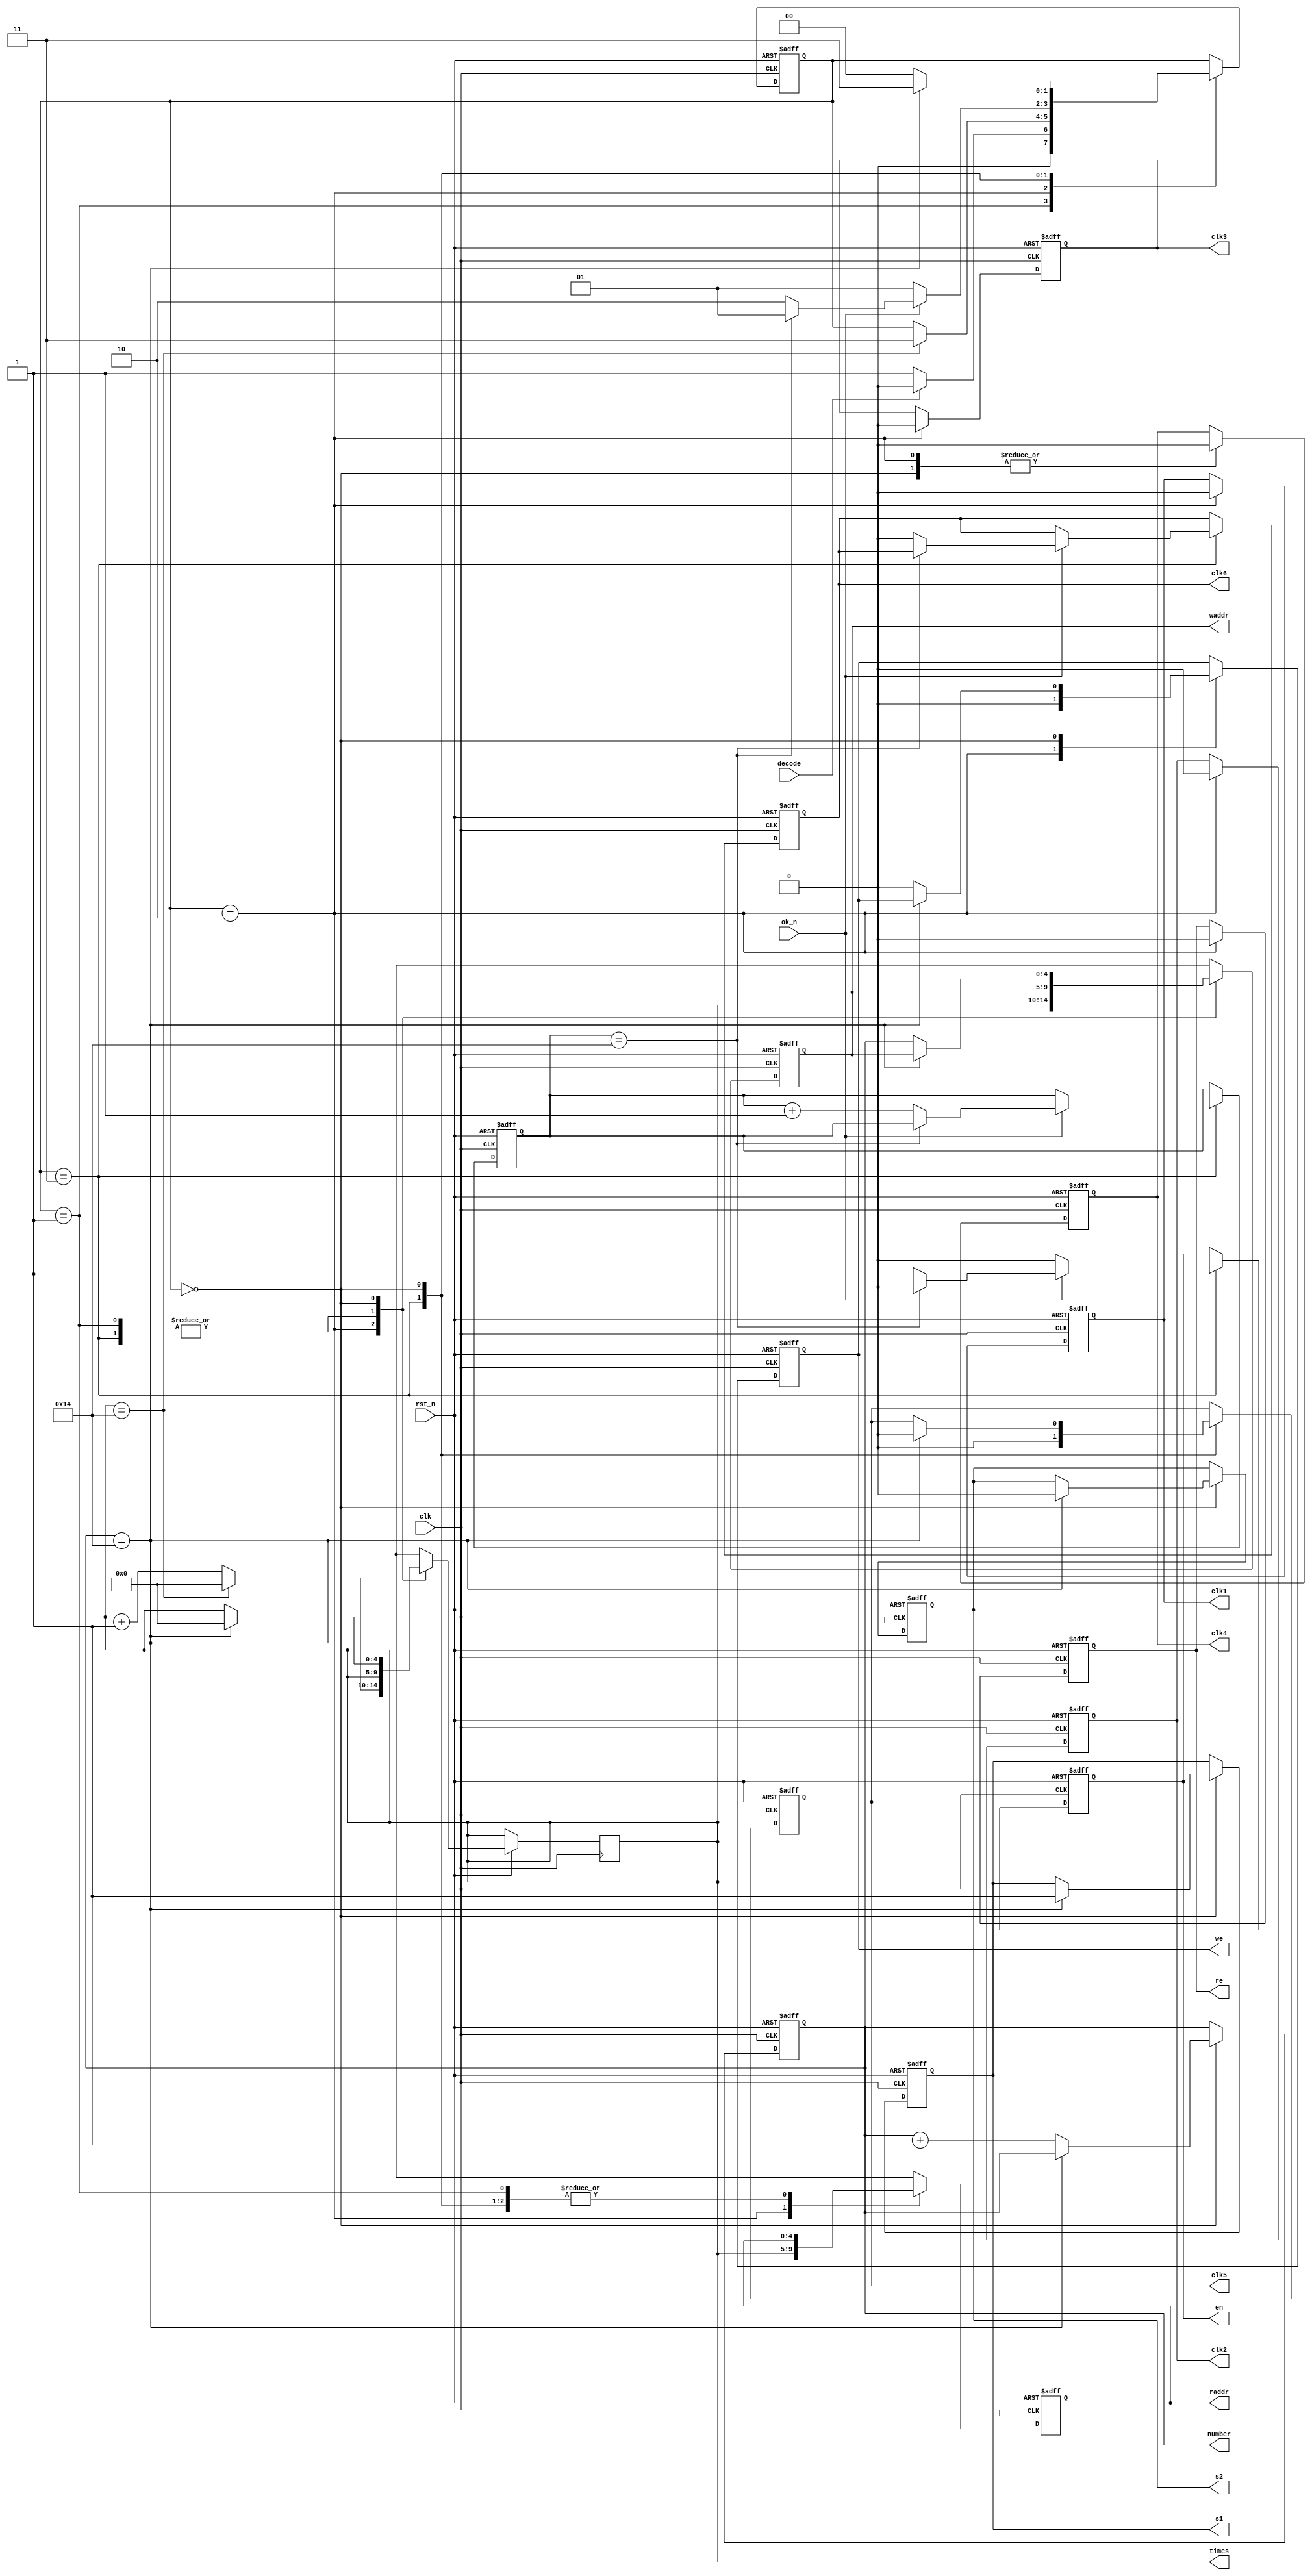
//------------------------
//
//------------------------
module cntrl(
rst_n,
decode,
ok_n,
en,
clk,
clk1,
clk2,
clk3,
clk4,
clk5,
clk6,
s1,
s2,
we,
re,
waddr,
raddr,
number,
times);
//---------------
input rst_n;
input decode;
input ok_n;
input clk;
//--------------
output clk1;
output clk2;
output clk3;
output clk4;
output clk5;
output clk6;
output s1;
output s2;
output we;
output re;
output en;
output[4:0] number;
output[4:0] times;
output[4:0] waddr;
output[4:0] raddr;
//----------------------
reg clk1;
reg clk2;
reg clk3;
reg clk4;
reg clk5;
reg clk6;
reg s1;
reg s2;
reg we;
reg re;
reg en;
reg[4:0] times;
reg[4:0] number;
reg[4:0] waddr;
reg[4:0] raddr;
//----------------------
reg[3:0] sign; 
reg[1:0] state;
reg[4:0] counter;
parameter Wait = 2'b01,Work = 2'b10,Load = 2'b00,Judge = 2'b11;
parameter Max1 = 5'b10100,addr = 5'b10100;
//---------------------------------------
always@(posedge clk or negedge rst_n)
begin
    if(!rst_n)           
        begin
        	  clk1 <= 1'b0;
        	  clk2 <= 1'b0;
        	  clk3 <= 1'b0;
        	  clk4 <= 1'b0;
        	  clk5 <= 1'b0;
        	  clk6 <= 1'b0;
        	  s1 <= 1'b0;
        	  s2 <= 1'b1;       //
        	  we <= 1'b0;
        	  re <= 1'b0;
        	  en <= 1'b0;
        	  number <= 5'b00000;
        	  counter <= 4'b0000;
        	  //times <= 5'b00000;
        	  waddr <= 5'b00000;
        	  raddr <= 5'b00000;
        	  state <= Wait;
        	  $display("initial is successful!");
        end
    else
        case(state)
            Wait: begin
            	        if(decode == 1'b1)               //
            	            begin
            	      	        state <= Load;
            	      	        sign <= 4'b0000;
            	      	        $display("Loading!!!!");
            	            end
            	        else  
            	            begin
            	            	  state <= Wait;
            	            	  sign <= 4'b0000;
            	            	  $display("Waiting!!!!!");
            	            end
                  end
            Work: begin
            	        raddr = times;         //
            	    #1  re <= 1'b1;
            	    #1  re <= 1'b0;
            	    #2  clk1 <= 1'b1;
            	    #1  clk1 <= 1'b0; 
            	        $display("the data expanded is successful");    
            	        clk2 <= 1'b1;               //  
                  #1  clk2 <= 1'b0;
            	        $display("the data add is successful");
            	        clk3 <= 1'b1;           //
            	    #1  clk3 <= 1'b0; 
            	        $display("find the smallest data and the subtract it");
            	    //#1  s1 <= 1'b1;//
            	        //$display("the first data selector");
            	        waddr = times; //
                      we <= 1'b1;//RAM             
            	    #1  we <= 1'b0; 
            	        raddr = times;
                      re <= 1'b1;//RAM
            	    #1  re <= 1'b0; 
            	        if(times == 5'b10100)
            	            begin
            	                times = 5'b00000;
            	                state <= Judge;        	   
            	            end
            	        else    times = times + 1;
            	        
            	        //$display("the second data selector");
            	        clk4 <= 1'b1;//
            	    #1  clk4 <= 1'b0; 
            	        $display("the data compressed is successful");
            	    end
            Judge:begin
            	        clk5 <= 1'b1;
            	    #1  clk5 <= 1'B0; 
            	        if(!ok_n)               //
            	            begin
            	            	  state <= Wait;
            	            	  en <= 0;
            	            	  $display("the numbers are not wrong!!!");
            	            end
            	        else 
            	            if(counter == Max1)  //
            	                begin
            	            	      state <= Wait;
            	            	      en <= 0;
            	            	      $display("i can't solve them ......");
            	                end
            	            else
            	                begin
            	                	  state <= Work;
            	                    en <= 1;
            	                    
            	                    clk6 <= 1'b1;//
            	                #1  clk6 <= 1'b0;
            	                    counter <= counter + 4'b0001;
            	                    $display("counter is %d",counter);
            	                end
            	    end
            Load: begin
            	        if(number == addr)
            	            begin
            	                clk5 <= 1'b1;
            	            #1  clk5 <= 1'b0;
            	                state <= Judge;
            	                clk4 <= 1'b1;
            	            #1  clk4 <= 1'b0;
            	                s1 <= 1'b1;
            	                s2 <= 1'b0; //
            	                times = 5'b00000;
            	                //sign <= 4'b1001;
            	                $display("Loading is successful!!!!");
            	            end
            	        else 
            	            begin
            	                clk4 <= 1'b1;
            	                waddr <= number;
            	                we <= 1'b1;
            	           	#2  clk4 <= 1'b0;
            	           	    we <= 1'b0;
            	           	    number <= number + 1;
            	                state <= Load;
            	                //$display("the number is %d",number);
            	            end
            	    end
            default:  state <= Wait;
        endcase
end						  
endmodule